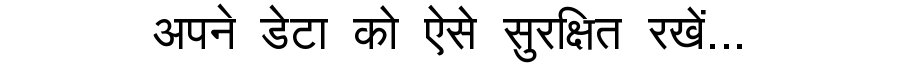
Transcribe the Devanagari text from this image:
अपने डेटा को ऐसे सुरक्षित रखें...